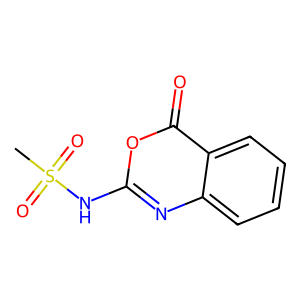
SMILES: CS(=O)(=O)Nc1nc2ccccc2c(=O)o1
Inhibits HIV replication: No